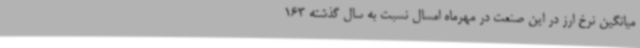
میانگین نرخ ارز در این صنعت در مهرماه امسال نسبت به سال گذشته 163